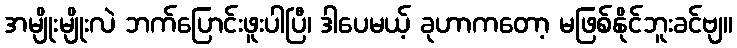
အမျိုးမျိုးလဲ ဘက်ပြောင်းဖူးပါပြီ၊ ဒါပေမယ့် ခုဟာကတော့ မဖြစ်နိုင်ဘူးခင်ဗျ။